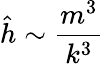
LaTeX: \hat{h}\sim{\frac{m^{3}}{k^{3}}}